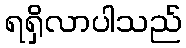
ရရှိလာပါသည်